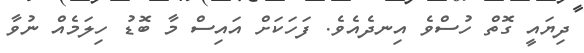
ދިޔައީ ގޮތް ހުސްވެ އިނދެއެވެ. ފަހަކަށް އައިސް މާ ބޮޑު ހިލަމެއް ނުވާ